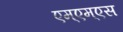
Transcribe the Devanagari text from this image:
एम्एम्एस